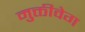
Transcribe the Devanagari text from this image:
मुक्तीवेग